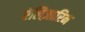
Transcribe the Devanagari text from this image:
ऐलिज़ारिन